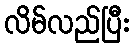
လိမ်လည်ပြီး